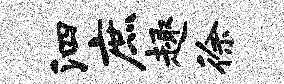
泗庶趣徐